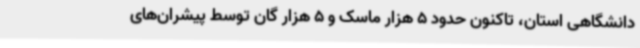
دانشگاهی استان، تاکنون حدود 5 هزار ماسک و 5 هزار گان توسط پیشران‌های